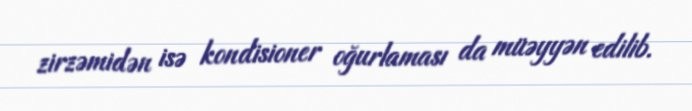
zirzəmidən isə kondisioner oğurlaması da müəyyən edilib.